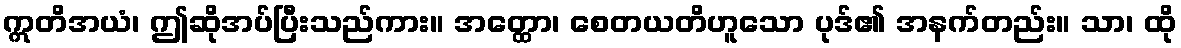
ဣတိအယံ၊ ဤဆိုအပ်ပြီးသည်ကား။ အတ္ထော၊ စေတယတိဟူသော ပုဒ်၏ အနက်တည်း။ သာ၊ ထို